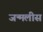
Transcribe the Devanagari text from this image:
जन्मलीस